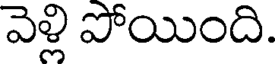
వెళ్లి పోయింది.